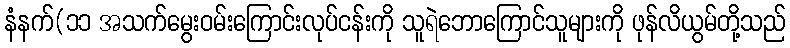
နံနက်(၁၁ အသက်မွေးဝမ်းကြောင်းလုပ်ငန်းကို သူရဲဘောကြောင်သူများကို ဖုန်လိယွမ်တို့သည်